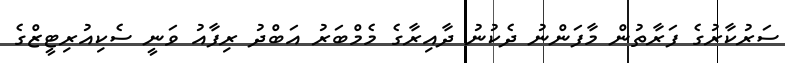
ސަރުކާރުގެ ފަރާތުން މާފަންނު ދެކުނު ދާއިރާގެ މެމްބަރު އަބްދު ރިފާއު ވަނީ ސެކިއުރިޓީޒްގެ